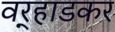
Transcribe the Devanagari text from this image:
वर्‍हाडकर